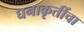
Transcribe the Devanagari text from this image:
घनाकृतींचा